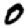
Digit: 0